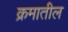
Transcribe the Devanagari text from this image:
क्रमातील